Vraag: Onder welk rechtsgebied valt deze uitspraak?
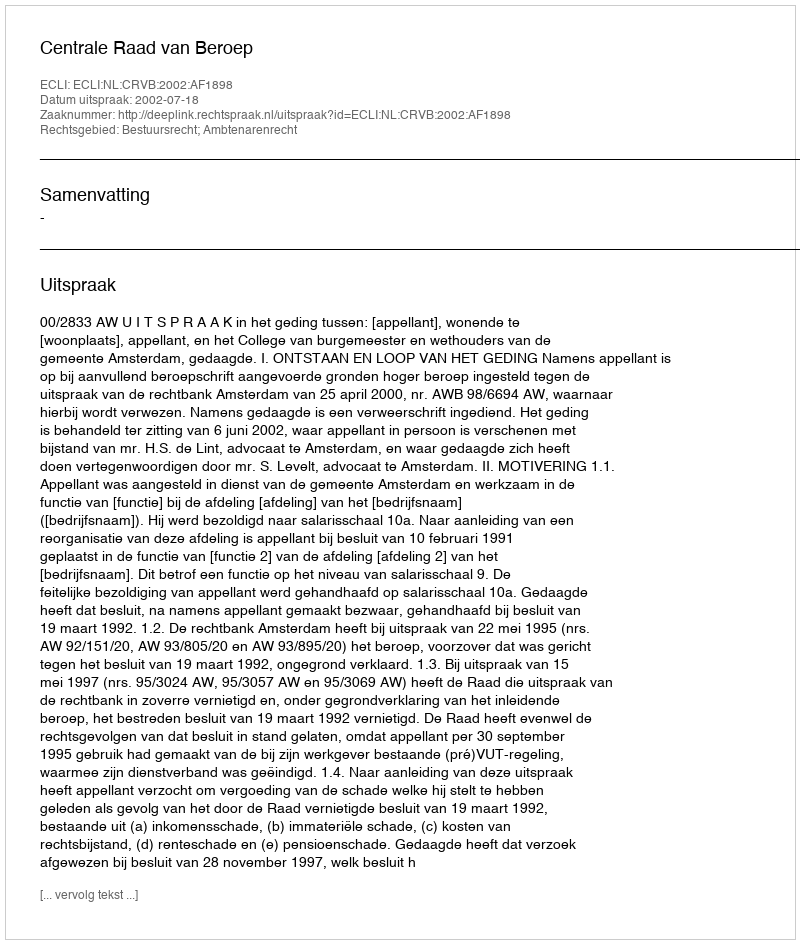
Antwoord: Bestuursrecht; Ambtenarenrecht